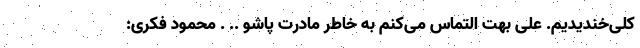
کلی‌خندیدیم. علی بهت التماس می‌کنم به خاطر مادرت پاشو .. . محمود فکری: